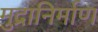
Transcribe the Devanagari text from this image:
मुद्रानिर्माण